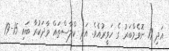
އަދި 17 ނޮވެމްބަރު ގެ ހަވީރުއެވެ. އަދި ކްލާސްތައް ވާދަކުރާ ބައި 15-19